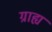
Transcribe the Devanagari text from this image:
ग्राह्यं